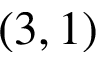
( 3 , 1 )